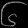
Digit: ၆